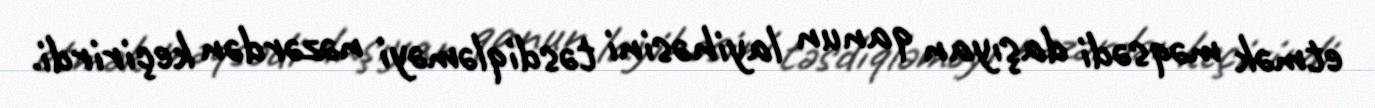
etmək məqsədi daşıyan qanun layihəsini təsdiqləməyi nəzərdən keçirirdi.